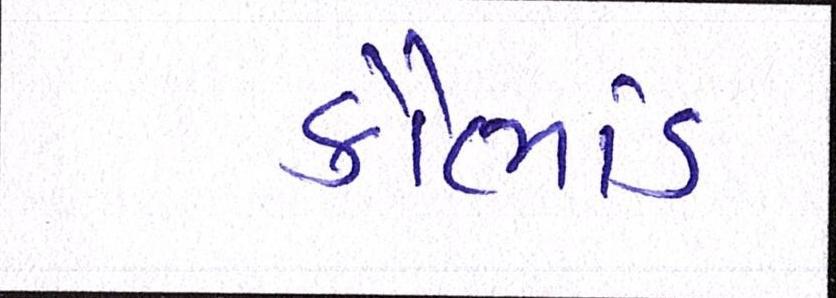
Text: કૌભાંડ